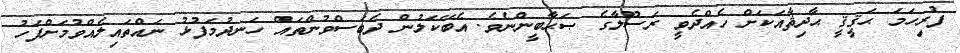
ފުރިހަމަ ޙަޤީޤީ ޙާދިޘާއަކަށް ހެއްދެވީ ރަސޫލާގެ ޞަޙާބީންނެވެ. އެބޭކަލުން ދެބަސްވުންތައް ހަނދުމަފުޅު ނައްތައިލެއްވުމަށްފަހު